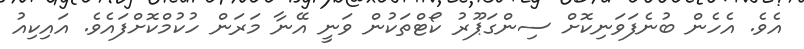
އެވެ. އެހެން ބުނެފަވަނިކޮށް ސިންގަޕޫރު ކޯޓްތަކުން ވަނީ އޭނާ މަރަން ހުކުމްކޮށްފައެވެ. އައިކިއު